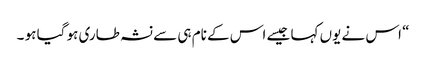
“ اس نے یوں کہا جیسے اس کے نام ہی سے نشہ طاری ہو گیا ہو ۔